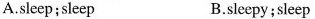
A.sleep;sleep B.sleepy;sleep